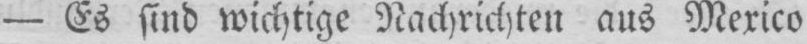
- Es sind wichtige Nachrichten aus Mexico